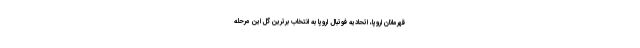
قهرمانان اروپا، اتحادیه فوتبال اروپا به انتخاب برترین گل این مرحله